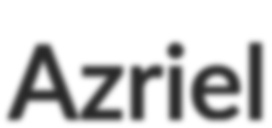
Azriel